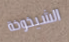
الشيخوخة